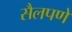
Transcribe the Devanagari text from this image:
सैलपणे